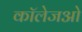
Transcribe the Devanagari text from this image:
कॉलेजओ